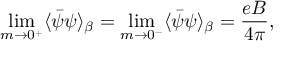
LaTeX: \operatorname * { l i m } _ { m \rightarrow 0 ^ { + } } \langle \bar { \psi } \psi \rangle _ { \beta } = \operatorname * { l i m } _ { m \rightarrow 0 ^ { - } } \langle \bar { \psi } \psi \rangle _ { \beta } = \frac { e B } { 4 \pi } ,